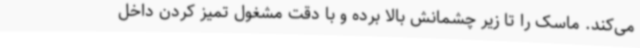
می‌کند. ماسک را تا زیر چشمانش بالا برده و با دقت مشغول تمیز کردن داخل